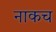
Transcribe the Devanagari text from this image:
नाकच